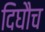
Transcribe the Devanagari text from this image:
दिघौच